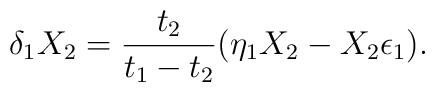
\delta_1 X_2 = {t_2\over t_1 - t_2} (\eta_1 X_2 - X_2 \epsilon_1).